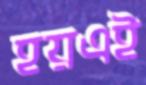
হয়এই